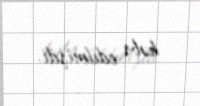
həbs edilmişdi.